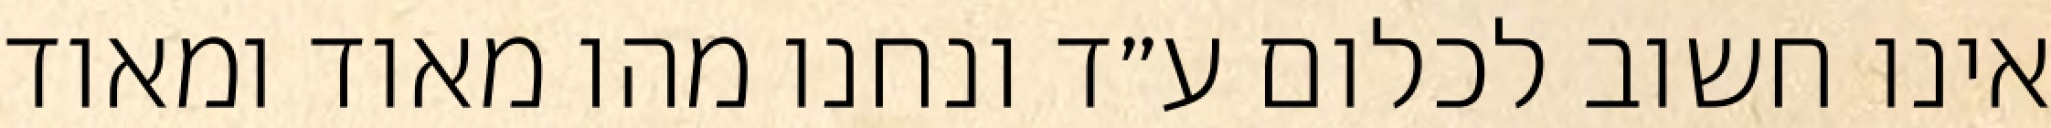
אינו חשוב לכלום ע״ד ונחנו מהו מאוד ומאוד